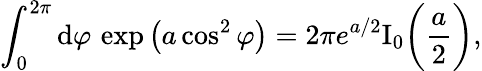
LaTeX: \int_{0}^{2\pi}\mathrm{d}\varphi\, \exp\big(a\cos^{2}\varphi\big)=2\pi e^{a/2}\mathrm{I}_{0}\bigg(\frac{a}{2}\bigg),